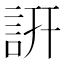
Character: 詽